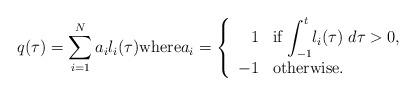
LaTeX: \begin{align*}q(\tau) = \sum_{i=1}^N a_i l_i (\tau) \mbox{where} a_i = \left\{ \begin{array}{rl}1 & \mbox{if } \displaystyle{\int_{-1}^t} l_i (\tau) \; d\tau > 0, \\-1 & \mbox{otherwise} .\end{array} \right.\end{align*}